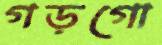
গড়গো